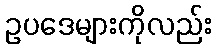
ဥပဒေများကိုလည်း